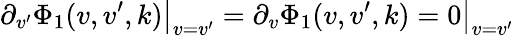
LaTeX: \partial_{v^{\prime}}\Phi_{1}(v,v^{\prime},k)\big|_{v=v^{\prime}}=\partial_{v}\Phi_{1}(v,v^{\prime},k)=0\big|_{v=v^{\prime}}